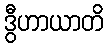
ဒွီဟာယာတိ